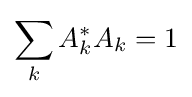
\sum _{k}A_{k}^{*}A_{k}=1